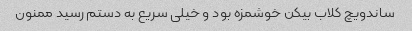
ساندویچ کلاب بیکن خوشمزه بود و خیلی سریع به دستم رسید ممنون